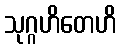
သုဂ္ဂဟိတေဟိ